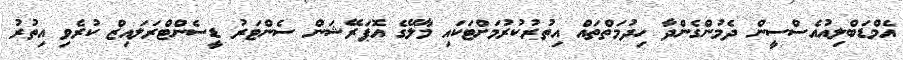
އެމްޑަބްލިއުއެސްސީން ދެމުންގެންދާ ހިދުމަތްތައް އިތުރުކުރުމަށްޓަކައި މާލޭގެ އޮޕަރޭޝަން ސެންޓަރު ޑީސެންޓްރަލައިޒް ކުރެވި އިތުރު